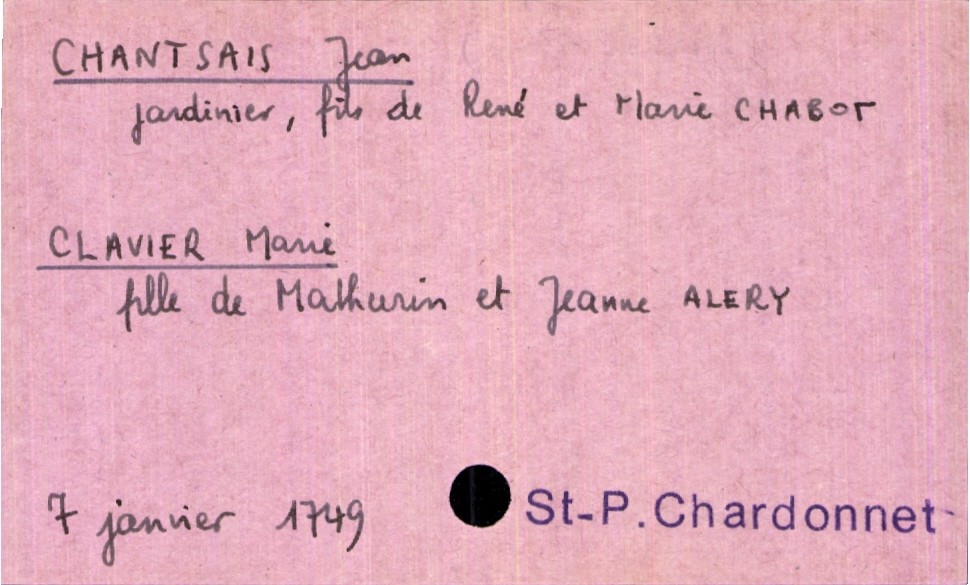
type_acte: Mariage
année: 1749
mois: janvier
jour: 7
paroisse: Saint-Pierre du Chardonnet
marié_nom: Chantsais
marié_prénom: Jean
marié_profession: jardinier
père_marié_nom: Chantsais
père_marié_prénom: René
mère_marié_nom: Chabot
mère_marié_prénom: Marie
mariée_nom: Clavier
mariée_prénom: Marie
père_mariée_nom: Clavier
père_mariée_prénom: Mathurin
mère_mariée_nom: Alery
mère_mariée_prénom: Jeanne